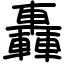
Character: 轟